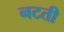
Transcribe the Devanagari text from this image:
नटती